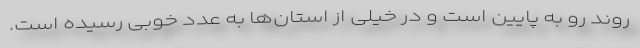
روند رو به پایین است و در خیلی از استان‌ها به عدد خوبی رسیده است.